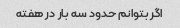
اگر بتوانم حدود سه بار در هفته